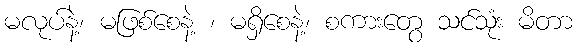
မလုပ်နဲ့၊ မဖြစ်စေနဲ့ ၊ မရှိစေနဲ့၊ စကားတွေ သင်သုံး မိတာ